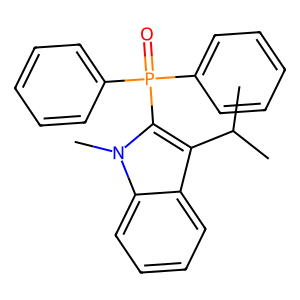
SMILES: CC(C)c1c(P(=O)(c2ccccc2)c2ccccc2)n(C)c2ccccc12
Inhibits HIV replication: No